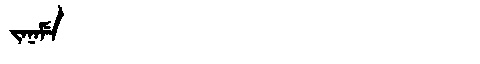
Manchu: ᠵᠠᠨᠠᠮᡝ
Romanization: JANAME